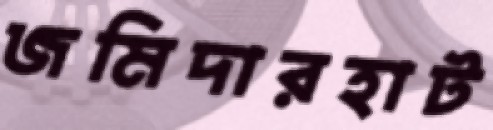
জমিদারহাট